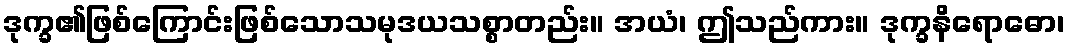
ဒုက္ခ၏ဖြစ်ကြောင်းဖြစ်သောသမုဒယသစ္စာတည်း။ အယံ၊ ဤသည်ကား။ ဒုက္ခနိရောဓော၊